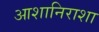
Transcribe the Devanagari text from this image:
आशानिराशा